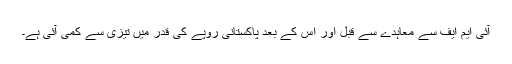
آئی ایم ایف سے معاہدے سے قبل اور اس کے بعد پاکستانی روپے کی قدر میں تیزی سے کمی آئی ہے۔